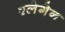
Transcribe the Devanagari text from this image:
श्लेगेन